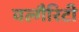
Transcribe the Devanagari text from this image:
वल्गैरिटी